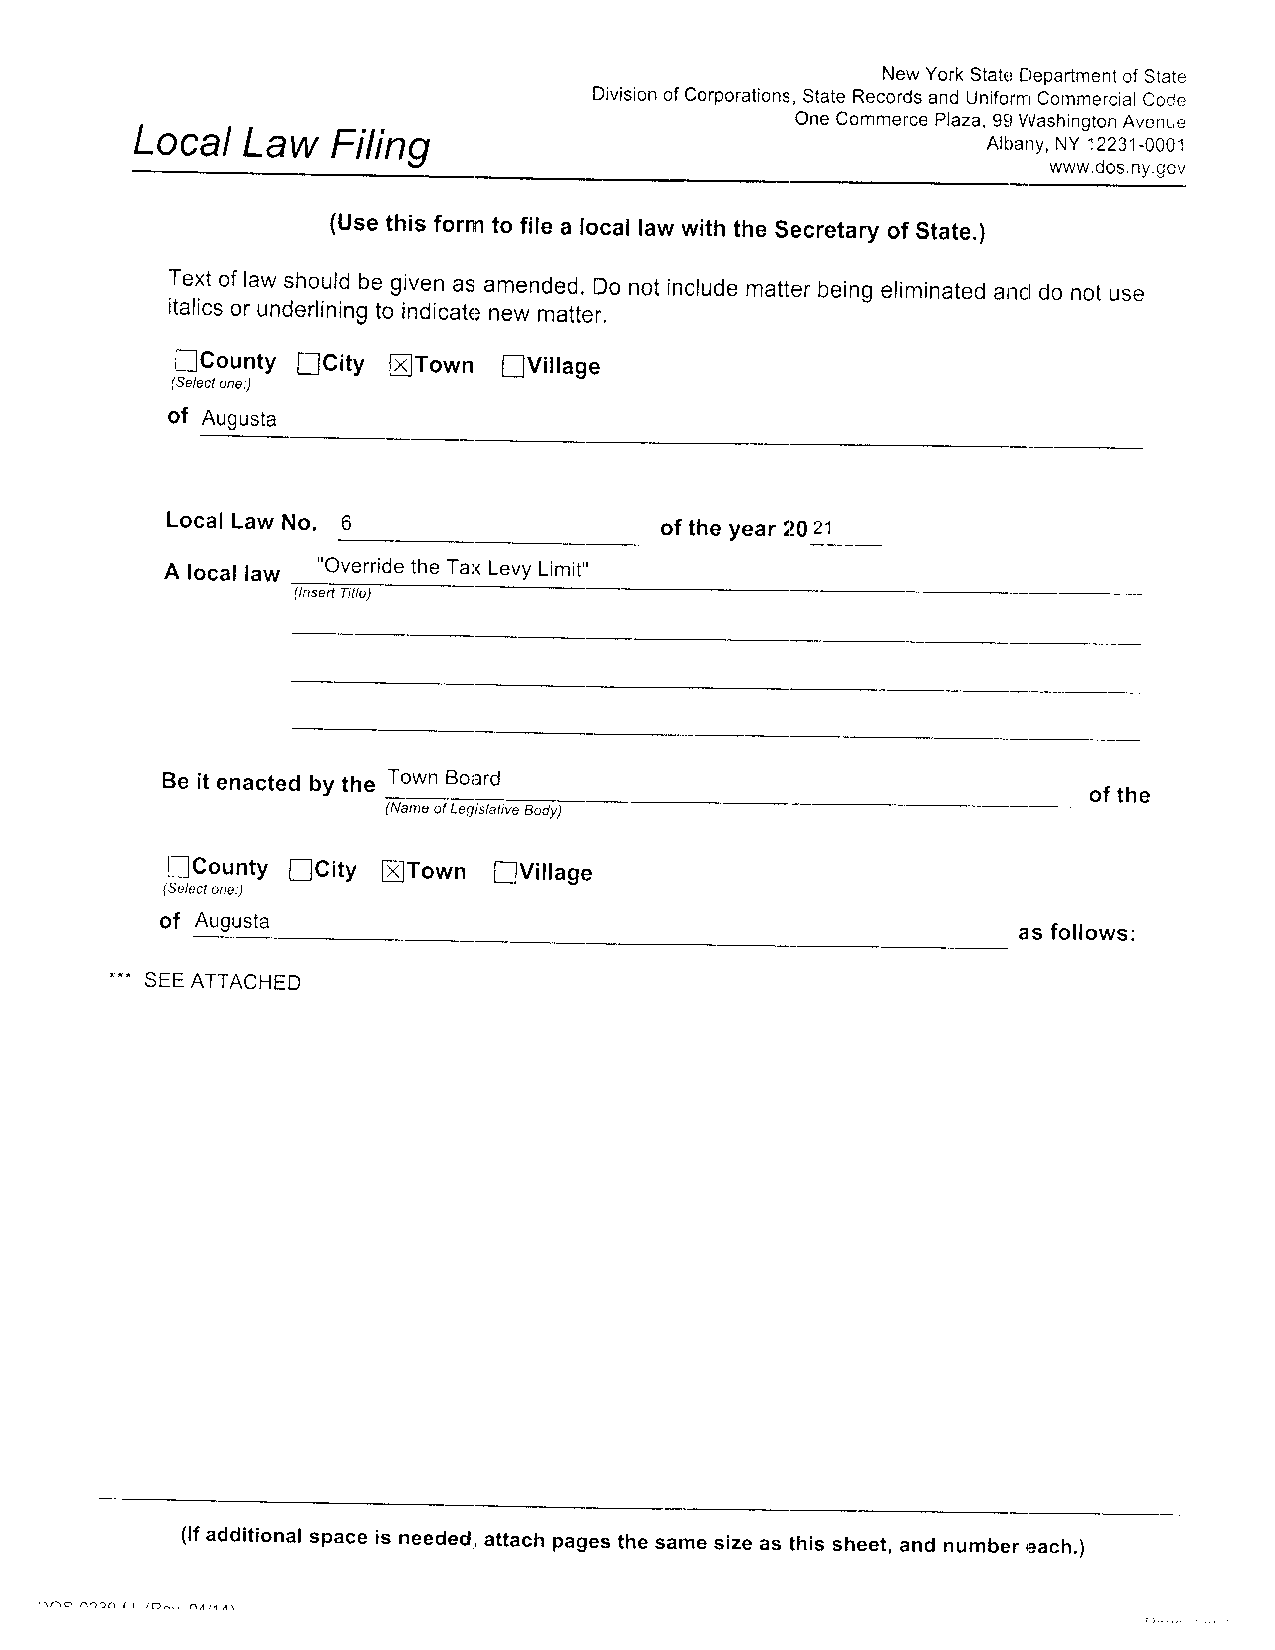
New York StateD epartmenot f State
 Divisiono f corporiltionss, tate Reconjsa nd Unifornrc ommercialc ocJe
 OneC ommerceP laza,g SWl ashingtoAnv enue
 LocalL   aw  Filing
 AtbanyN, y 12231_000i
 www.dosn.y .gov
 (Uset his forrnt o file a locall aww itht lreS ecretaryo f State.)
 Texto fl aws houldb eg ivena sa mendedD,o n oti ncludme attebr einge liminateadn cdl on otu se
 italicso r underlinintog indicaten ewm atter,
 IGounty [City fiTown [Viilage
 (Selact ono:)
 of Augusta
 LocalL aw No.                    of the year i202 1
 A locall aw "Overrideth e TaxLevyL imit"
 Be it enactedb y the Town Boiard
 of the
 (Name of Legistative Body)
 [County fCity fTown   [f Village
 (Select one:)
 of Augusta
 as follows:
 ---
 SEEA TTACHED
 (lf additional space is needed,,a ttach pagest he same sizr:a s this sheet,a nd numbe,re ach.)